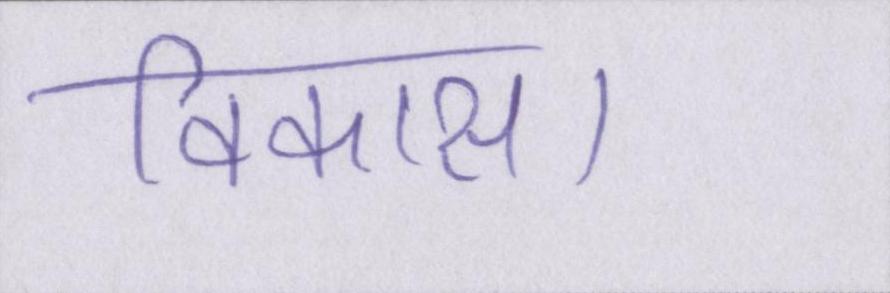
विकास।